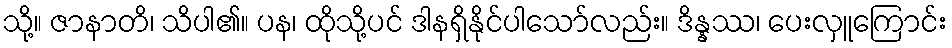
သို့။ ဇာနာတိ၊ သိပါ၏။ ပန၊ ထိုသို့ပင် ဒါနရှိနိုင်ပါသော်လည်း။ ဒိန္နဿ၊ ပေးလှူကြောင်း